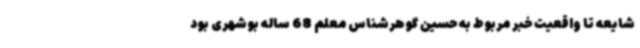
شایعه تا واقعیت خبر مربوط به حسین گوهرشناس معلم 68 ساله بوشهری بود